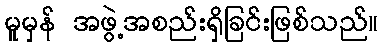
မူမှန် အဖွဲ့အစည်းရှိခြင်းဖြစ်သည်။